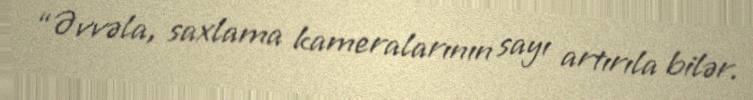
“Əvvəla, saxlama kameralarının sayı artırıla bilər.